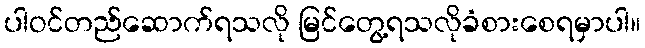
ပါဝင်တည်ဆောက်ရသလို မြင်တွေ့ရသလိုခံစားစေရမှာပါ။